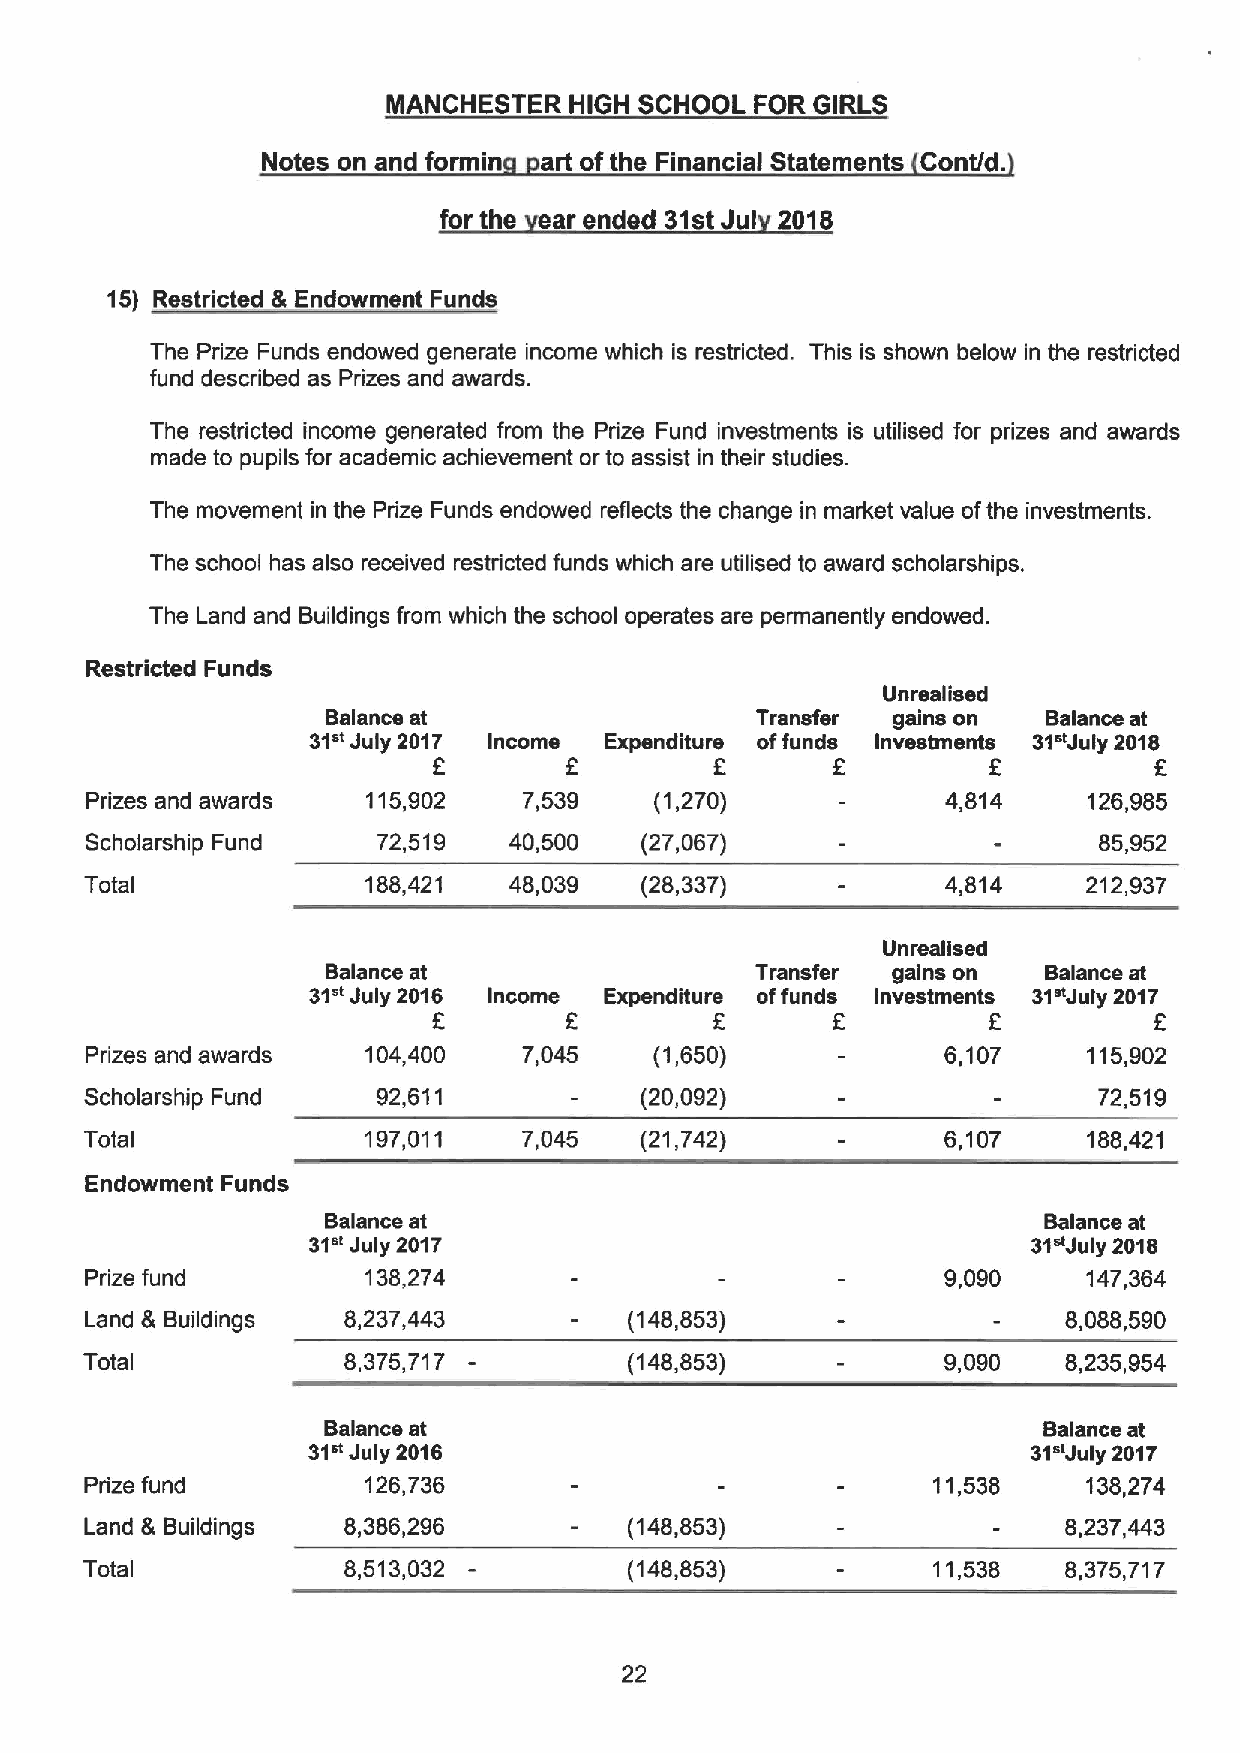
MANCHESTER  HIGH SCHOOL FOR GIRLS
 Notes on and formin art ofthe Financial Statements Cont/d.
 forthe  arended 31stJul 2018
 15) Restricted 8 Endowment Funds
 The Prize Funds endowed generate income which is restricted. This is shown below in the restricted
 fund described as Prizes and awards.
 The restricted income generated from the Prize Fund investments is utilised for prizes and awards
 made to pupils for academic achievement or to assist in their studies.
 The movement in the Prize Funds endowed reflects the change in market value ofthe investments.
 The school has also received restricted funds which are utilised to award scholarships.
 The Land and Buildings from which the school operates are permanently endowed.
 Restricted Funds
 Unrealised
 Balance at                  Transfer gains on  Balance at
 31"
 July 2017 Income Expenditure offunds Investments 31"July 2018
 f                 f         f          f
 Prizes and awards 115,902    7,539   (1,270)             4,814    126,985
 Scholarship Fund   72,519   40,500  (27,067)                       85,952
 Total             188,421   48,039  (28,337)             4,814    212,937
 Unrealised
 Balance at                  Transfer gains on  Balance at
 31"
 July 2016 Income Expenditure offunds Investments 31"July 2017
 f         f       f         f
 Prizes and awards 104,400    7,045   (1,650)             6,107    115,902
 Scholarship Fund   92,611           (20,092)                       72,519
 Total             197,011    7,045  (21,742)             6,107    188,421
 Endowment Funds
 Balance at                                     Balance at
 31" July 2017                                   31"July 2018
 Prize fund        138,274                                9,090    147,364
 Land 8 Buildings 8,237,443          (148,853)                    8,088,590
 Total            8,375,717          (148,853)            9,090   8,235,954
 Balance at                                      Balance at
 31"
 July 2016                                    31"July 2017
 Prize fund        126,736                               11,538    138,274
 Land & Buildings 8,386,296          (148,853)                    8,237,443
 Total            8,513,032          (148,853)           11,538   8,375,717
 22